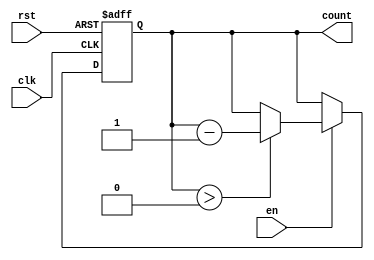
module decremental_counter #(
    parameter MAX_VAL = 15  // Define the maximum value (can be changed as needed)
)(
    input wire clk,         // Clock signal
    input wire rst,         // Asynchronous reset signal
    input wire en,          // Enable signal for decrementing
    output reg [3:0] count  // 4-bit output to hold the current count value
);

    // Initial value of count
    initial begin
        count = MAX_VAL;    // Set the initial count to the maximum value
    end

    // Always block for synchronous operations
    always @(posedge clk or posedge rst) begin
        if (rst) begin
            count <= MAX_VAL; // Reset the count to the maximum value
        end else if (en) begin
            if (count > 0) begin
                count <= count - 1; // Decrement the count if greater than zero
            end
            // If count is zero, it remains zero until reset
        end
    end

endmodule